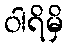
ဝါရိမှိ